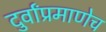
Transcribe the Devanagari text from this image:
दुर्वांप्रमाणेच